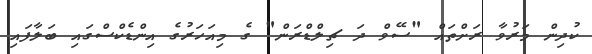
ކުދިން މަރުވާ ރަށްތައް "ސޭވް ދަ ޗިލްޑްރަން" ގެ މިއަހަރުގެ އިންޑެކްސްގައި ބަލާފައި